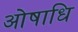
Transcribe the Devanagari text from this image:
ओषाधि